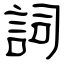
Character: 詞